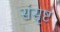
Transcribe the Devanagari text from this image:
संसृष्ट